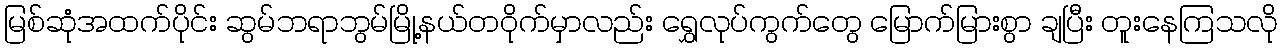
မြစ်ဆုံအထက်ပိုင်း ဆွမ်ဘရာဘွမ်မြို့နယ်တဝိုက်မှာလည်း ရွှေလုပ်ကွက်တွေ မြောက်မြားစွာ ချပြီး တူးနေကြသလို